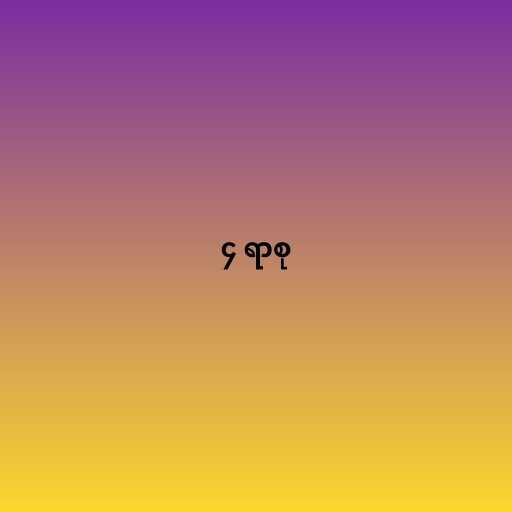
၄ ရာစု